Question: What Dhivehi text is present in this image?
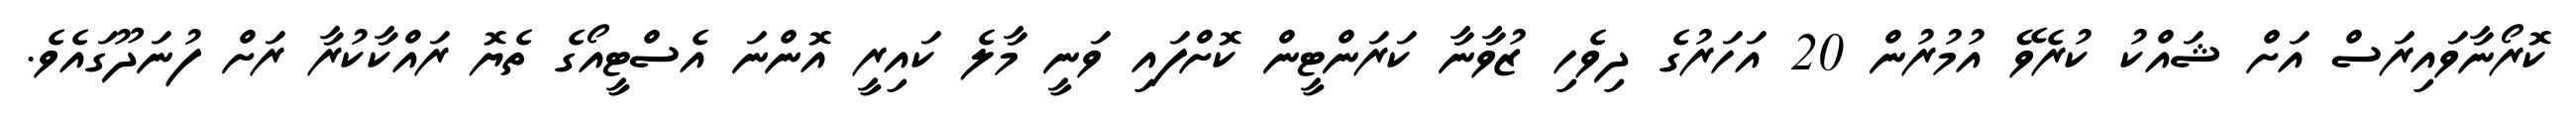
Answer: ކޮރޯނާވައިރަސް އަށް ޝައްކު ކުރެވޭ އުމުރުން 20 އަހަރުގެ ދިވެހި ޒުވާނާ ކަރަންޓީން ކޮށްފައި ވަނީ މާލެ ކައިރީ އޮންނަ އެސްޓީއޯގެ ތެޔޮ ރައްކާކުރާ ރަށް ފުނަދޫގައެވެ.